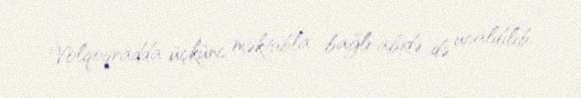
Volqoqradda üçkünc məktubla bağlı abidə də ucaldılıb.